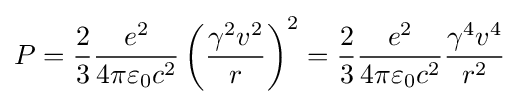
P={\frac {2}{3}}{\frac {e^{2}}{4\pi \varepsilon _{0}c^{2}}}\left({\frac {\gamma ^{2}v^{2}}{r}}\right)^{2}={\frac {2}{3}}{\frac {e^{2}}{4\pi \varepsilon _{0}c^{2}}}{\frac {\gamma ^{4}v^{4}}{r^{2}}}